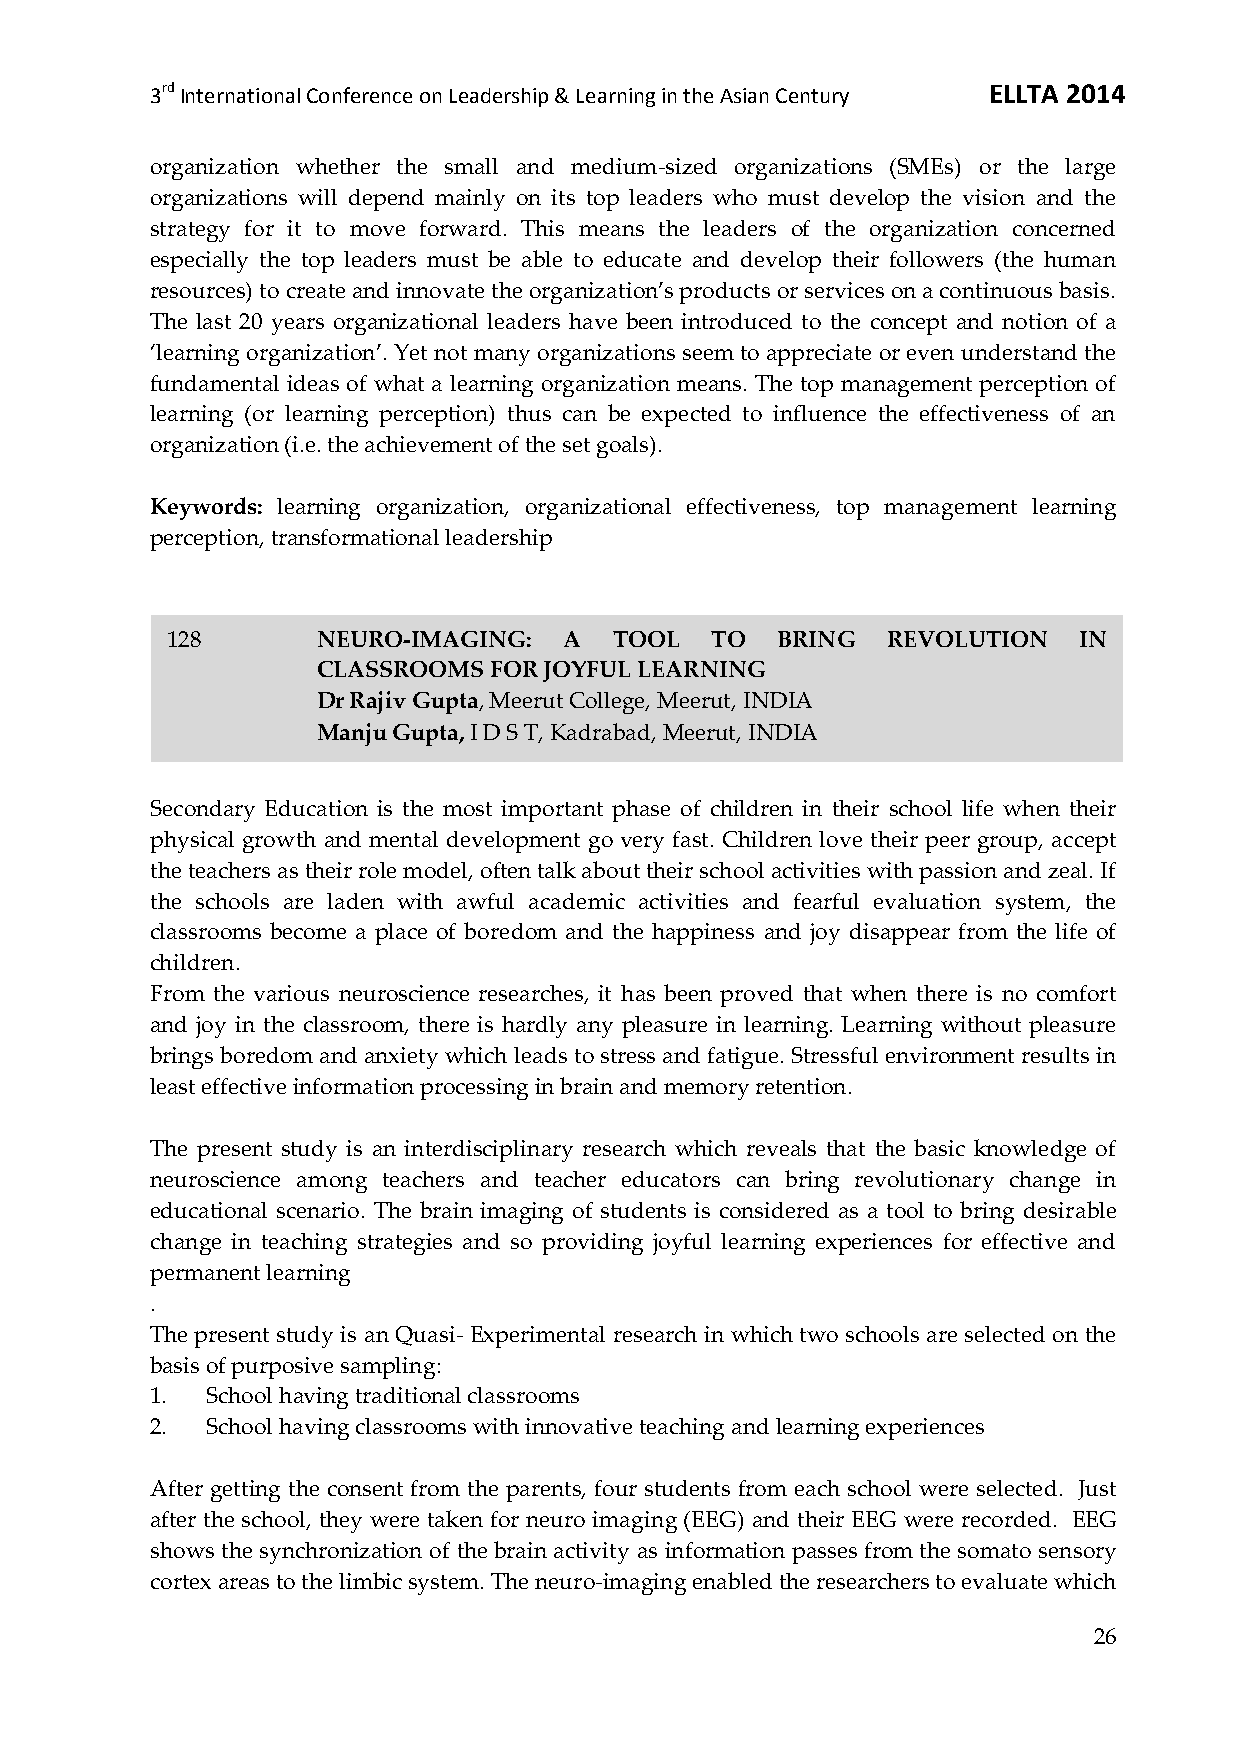
3rd International Conference on Leadership & Learning in the Asian Century ELLTA 2014
 organization whether the small and medium-sized organizations (SMEs) or the large
 organizations will depend mainly on its top leaders who must develop the vision and the
 strategy for it to move forward. This means the leaders of the organization concerned
 especially the top leaders must be able to educate and develop their followers (the human
 resources) to create and innovate the organization’s products or services on a continuous basis.
 The last 20 years organizational leaders have been introduced to the concept and notion of a
 ‘learning organization’. Yet not many organizations seem to appreciate or even understand the
 fundamental ideas of what a learning organization means. The top management perception of
 learning (or learning perception) thus can be expected to influence the effectiveness of an
 organization (i.e. the achievement of the set goals).
 Keywords: learning organization, organizational effectiveness, top management learning
 perception, transformational leadership
 128       NEURO-IMAGING:  A   TOOL  TO  BRING   REVOLUTION  IN
 CLASSROOMS FOR JOYFUL LEARNING
 Dr Rajiv Gupta, Meerut College, Meerut, INDIA
 Manju Gupta, I D S T, Kadrabad, Meerut, INDIA
 Secondary Education is the most important phase of children in their school life when their
 physical growth and mental development go very fast. Children love their peer group, accept
 the teachers as their role model, often talk about their school activities with passion and zeal. If
 the schools are laden with awful academic activities and fearful evaluation system, the
 classrooms become a place of boredom and the happiness and joy disappear from the life of
 children.
 From the various neuroscience researches, it has been proved that when there is no comfort
 and joy in the classroom, there is hardly any pleasure in learning. Learning without pleasure
 brings boredom and anxiety which leads to stress and fatigue. Stressful environment results in
 least effective information processing in brain and memory retention.
 The present study is an interdisciplinary research which reveals that the basic knowledge of
 neuroscience among teachers and teacher educators can bring revolutionary change in
 educational scenario. The brain imaging of students is considered as a tool to bring desirable
 change in teaching strategies and so providing joyful learning experiences for effective and
 permanent learning
 .
 The present study is an Quasi- Experimental research in which two schools are selected on the
 basis of purposive sampling:
 1.  School having traditional classrooms
 2.  School having classrooms with innovative teaching and learning experiences
 After getting the consent from the parents, four students from each school were selected. Just
 after the school, they were taken for neuro imaging (EEG) and their EEG were recorded. EEG
 shows the synchronization of the brain activity as information passes from the somato sensory
 cortex areas to the limbic system. The neuro-imaging enabled the researchers to evaluate which
 26